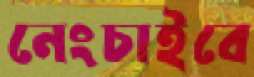
নেংচাইবে